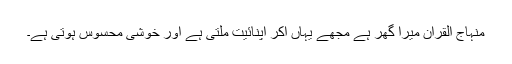
منہاج القرآن میرا گھر ہے مجھے یہاں آکر اپنائیت ملتی ہے اور خوشی محسوس ہوتی ہے۔